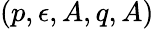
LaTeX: (p,\epsilon,A,q,A)